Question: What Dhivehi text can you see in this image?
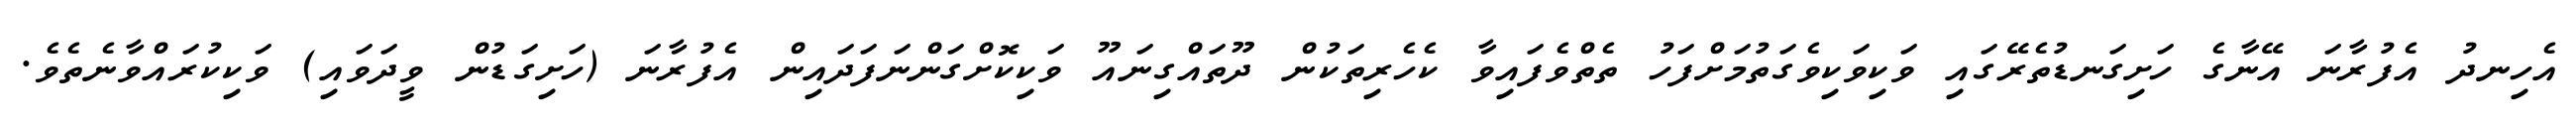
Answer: އެހިނދު އެފުރާނަ އޭނާގެ ހަށިގަނޑުތެރޭގައި ވަކިވަކިވެގަތުމަށްފަހު ތެތްވެފައިވާ ކެހެރިތަކުން ދޫތައްގިނައޫ ވަކިކޮށްގަންނަފަދައިން އެފުރާނަ (ހަށިގަޑުން ވީދަވައި) ވަކިކުރައްވާނެތެވެ.